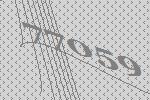
77059